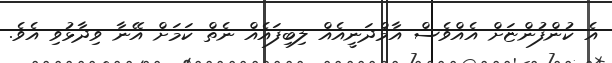
އެ ކުންފުންޏަށް އެއްވެސް އާމްދަނީއެއް ލިބިފައެއް ނެތް ކަމަށް އޭނާ ވިދާޅުވި އެވެ.